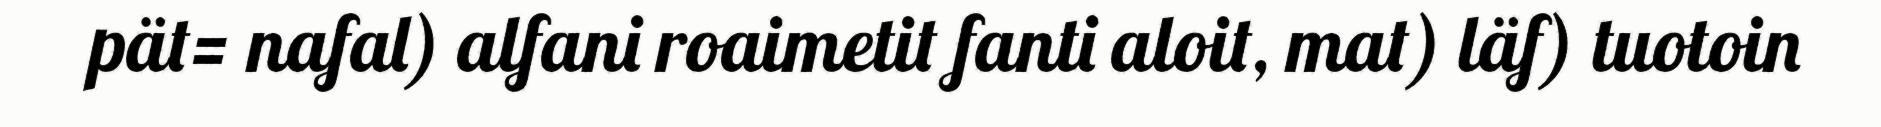
pät= nafal) alfani roaimetit fanti aloit, mat) läf) tuotoin